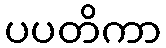
ပပတိကာ